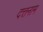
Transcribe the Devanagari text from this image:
दत्तनाम